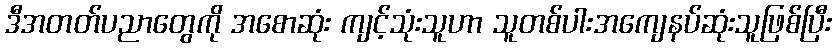
ဒီအတတ်ပညာတွေကို အစောဆုံး ကျင့်သုံးသူဟာ သူတစ်ပါးအကျေနပ်ဆုံးသူဖြစ်ပြီး